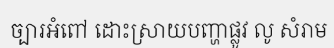
ច្បារអំពៅ ដោះស្រាយបញ្ហាផ្លូវ លូ សំរាម